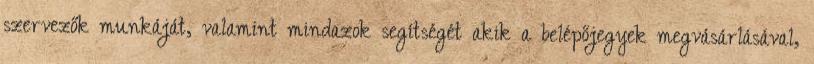
szervezők munkáját, valamint mindazok segítségét akik a belépőjegyek megvásárlásával,